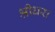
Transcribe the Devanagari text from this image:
श्रीधरा